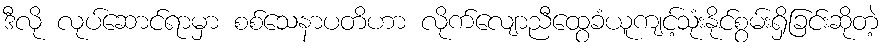
ဒီလို လုပ်ဆောင်ရာမှာ စစ်သေနာပတိဟာ လိုက်လျောညီထွေခံယူကျင့်သုံးနိုင်စွမ်းရှိခြင်းဆိုတဲ့